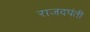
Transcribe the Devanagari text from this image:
राजदपंती